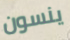
ينسون